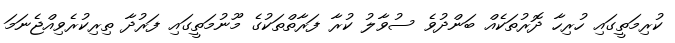
ކުރިމަތީގައި ހުރިހާ ދޮރުތަކެއް ބަންދުވެ ސުވާލު ކުރާ ފަރާތްތަކުގެ މޫނުމަތީގައި ފަރުދާ ތިރިކުރެވިއްޖެނަމަ